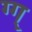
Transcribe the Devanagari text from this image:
ग्ग्